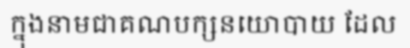
ក្នុងនាមជាគណបក្សនយោបាយ ដែល